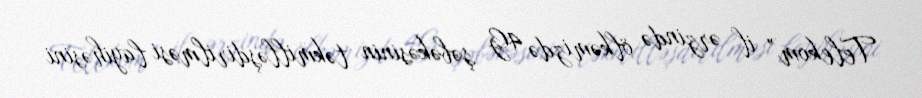
Telekom” il ərzində ölkəmizdə 4G şəbəkəsinin təkmilləşdirilməsi layihəsini